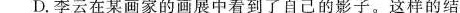
D.李云在某画家的面展中看到了自己的影子，这样的结